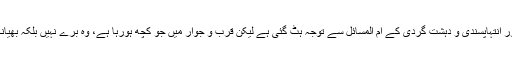
ہم دیگر مباحث میں پڑ گئے ہیں اور انتہاپسندی و دہشت گردی کے ام المسائل سے توجہ ہٹ گئی ہے لیکن قرب و جوار میں جو کچھ ہورہا ہے، وہ برے نہیں بلکہ بھیانک مستقبل کی خبریں دے رہا ہے۔